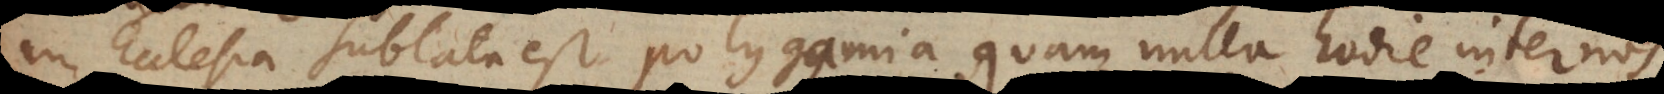
in Ecclesia sublata est polygamia, quam nulla hodie neces